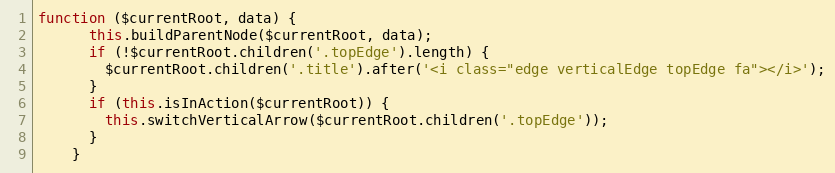
Language: JavaScript
function ($currentRoot, data) {
      this.buildParentNode($currentRoot, data);
      if (!$currentRoot.children('.topEdge').length) {
        $currentRoot.children('.title').after('<i class="edge verticalEdge topEdge fa"></i>');
      }
      if (this.isInAction($currentRoot)) {
        this.switchVerticalArrow($currentRoot.children('.topEdge'));
      }
    }